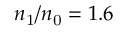
n _ { \mathrm { 1 } } / n _ { \mathrm { 0 } } = 1 . 6